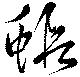
蝦